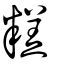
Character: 糕